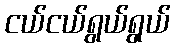
ငယ်ငယ်ရွယ်ရွယ်